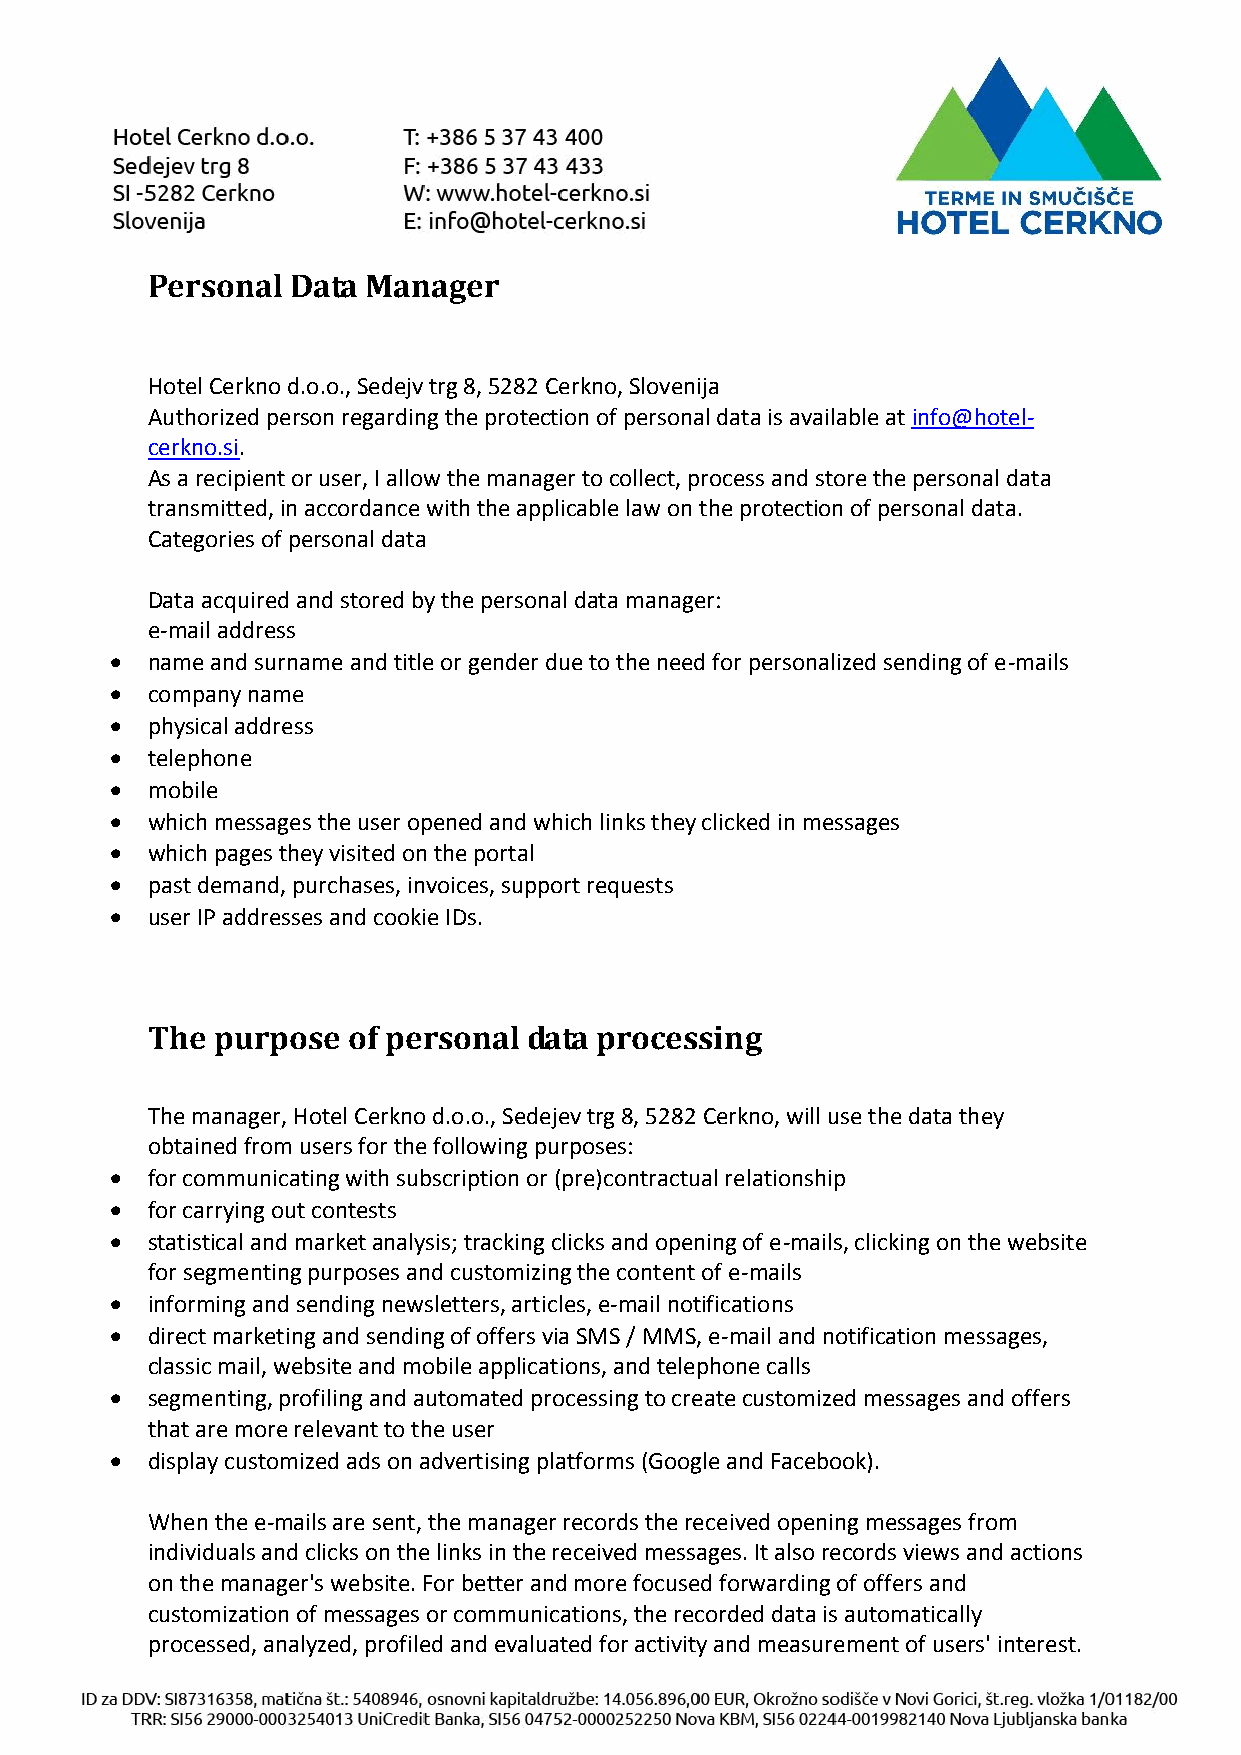
Personal Data Manager
 Hotel Cerkno d.o.o., Sedejv trg 8, 5282 Cerkno, Slovenija
 Authorized person regarding the protection of personal data is available at info@hotel-
 cerkno.si.
 As a recipient or user, I allow the manager to collect, process and store the personal data
 transmitted, in accordance with the applicable law on the protection of personal data.
 Categories of personal data
 Data acquired and stored by the personal data manager:
 e-mail address
   name and surname and title or gender due to the need for personalized sending of e-mails
   company name
   physical address
   telephone
   mobile
   which messages the user opened and which links they clicked in messages
   which pages they visited on the portal
   past demand, purchases, invoices, support requests
   user IP addresses and cookie IDs.
 The purpose  of personal data processing
 The manager, Hotel Cerkno d.o.o., Sedejev trg 8, 5282 Cerkno, will use the data they
 obtained from users for the following purposes:
   for communicating with subscription or (pre)contractual relationship
   for carrying out contests
   statistical and market analysis; tracking clicks and opening of e-mails, clicking on the website
 for segmenting purposes and customizing the content of e-mails
   informing and sending newsletters, articles, e-mail notifications
   direct marketing and sending of offers via SMS / MMS, e-mail and notification messages,
 classic mail, website and mobile applications, and telephone calls
   segmenting, profiling and automated processing to create customized messages and offers
 that are more relevant to the user
   display customized ads on advertising platforms (Google and Facebook).
 When the e-mails are sent, the manager records the received opening messages from
 individuals and clicks on the links in the received messages. It also records views and actions
 on the manager's website. For better and more focused forwarding of offers and
 customization of messages or communications, the recorded data is automatically
 processed, analyzed, profiled and evaluated for activity and measurement of users' interest.